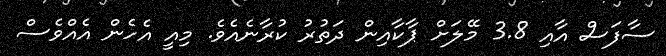
ސާފަސް އާއި 3.8 މޭލަށް ޕާކާއިން ދަތުރު ކުރާނެއެވެ. މިއީ އެހެން އެއްވެސް